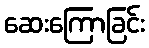
ဆေးကြောခြင်း